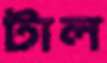
টাল